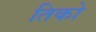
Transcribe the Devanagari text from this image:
तिको